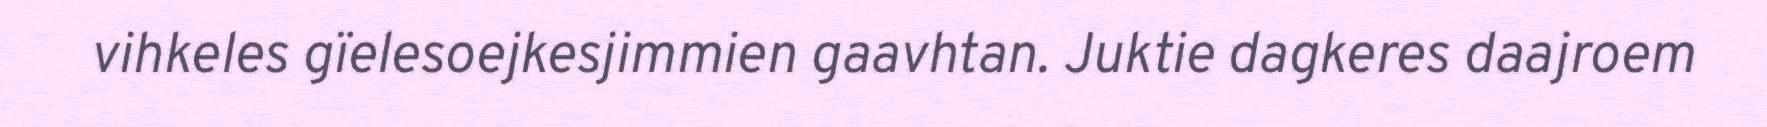
vihkeles gïelesoejkesjimmien gaavhtan. Juktie dagkeres daajroem